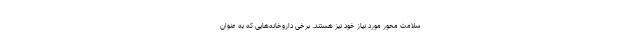
سلامت محور مورد نیاز خود نیز هستند. برخی داروخانه‌هایی که به عنوان